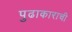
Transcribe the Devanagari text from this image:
पुढाकाराची